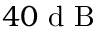
4 0 \textrm { d B }